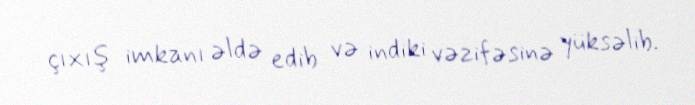
çıxış imkanı əldə edib və indiki vəzifəsinə yüksəlib.